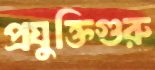
প্রযুক্তিগুরু